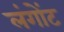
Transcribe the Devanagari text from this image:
लंगोंट